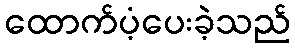
ထောက်ပံ့ပေးခဲ့သည်